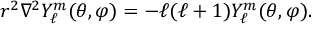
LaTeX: r ^ { 2 } \nabla ^ { 2 } Y _ { \ell } ^ { m } ( \theta , \varphi ) = - \ell ( \ell + 1 ) Y _ { \ell } ^ { m } ( \theta , \varphi ) .